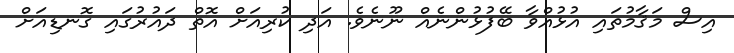
އިސް މަޤާމުތައި އުޅުއްވާ ބޭފުޅުންނެއް ނޫނެވެ. އަދި ކުރިއަށް އޮތް ދައުރުގައި ގޮނޑިއަށް